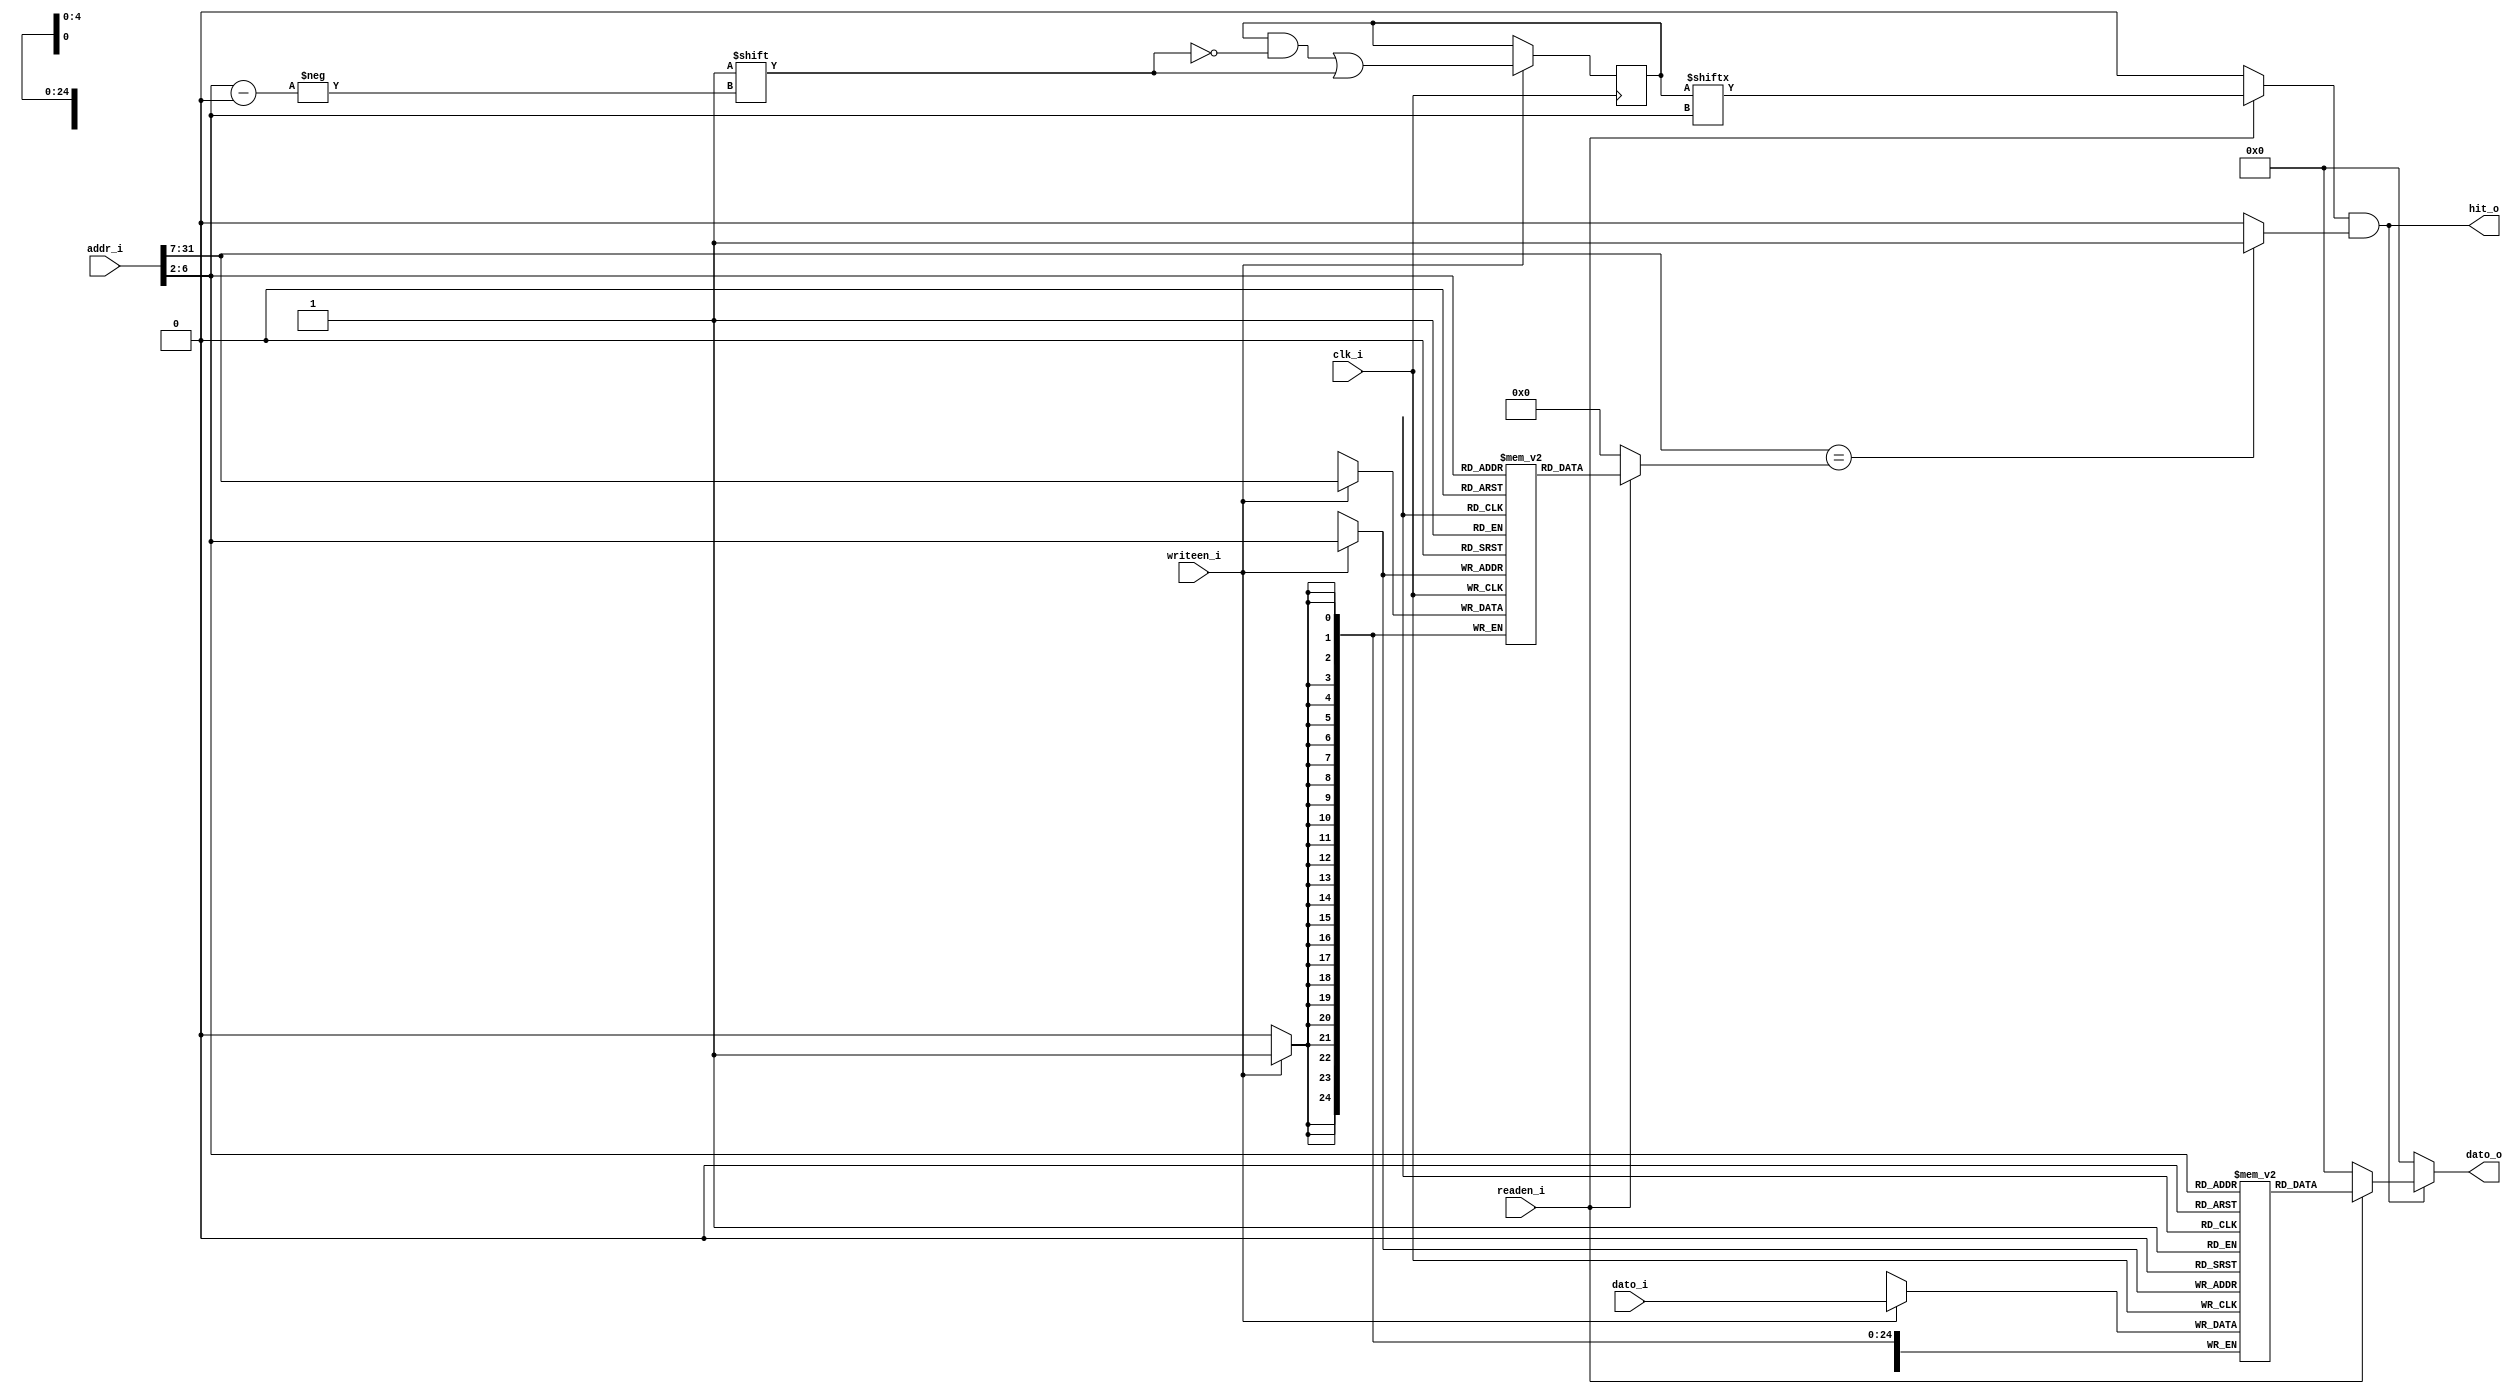
module memoria  #(
	//Constantes
	parameter	ADDR = 32,//Direccion de 32 bits
	parameter	BOFF = $clog2(4),//Tamao del byte offset (cuntos bytes hay en esa direccion)
	parameter	IDX = 5,//Indice
	parameter	TAG = ADDR - (BOFF + IDX),
	parameter 	DATO = 32
)

(
	//Las entradas siempre son wires, las salidas pueden ser wire o reg
	input					  clk_i,
	input 				  readen_i,
	input 	[ADDR-1:0] addr_i, //Bus de direcciones
	input 	[DATO-1:0] dato_i,
	input 				  writeen_i, 
	
	output 	[DATO-1:0] dato_o,
	output 				  hit_o
);
	//Seccion de declaracion de seales
	wire [IDX-1:0] index;
	wire [TAG-1:0] tag;
	reg  				validmem;
	reg  [TAG-1:0] tagmem;
	reg  [DATO-1:0]datamem;
	reg 				tagvalido;
	
	//Memoria de Bits validos
	reg 	[2**IDX-1:0] 	memoriavalid; //De 31 a 0
	//Memoria de tags
	reg 	[TAG-1:0] 		memoriatag [2**IDX-1:0];
	//Memoria de datos
	reg 	[DATO -1:0] 	memoriadata [2**IDX-1:0];
	
	assign index 	= addr_i[IDX+BOFF-1:BOFF]; //IDX+BOFF-1 = 5 + 2 - 1, [6:2]
	assign tag 		= addr_i[ADDR-1:IDX + BOFF]; //De [31:7]
	
	//Puerto de escritura
	always @(posedge clk_i)
	begin
		if (writeen_i)
			begin
				memoriavalid[index] = 1'b1;
				memoriatag  [index] = tag; //Tag
				memoriadata [index] = dato_i;//Dato de entrada 			
			end
	end
	
	//Puerto de lectura
	always @(*)
	begin
		if (readen_i)
			begin
				validmem = memoriavalid[index];
				tagmem = memoriatag[index];
				datamem = memoriadata[index];
			end
		else
			begin
				validmem = 1'b0;
				tagmem =  {TAG {1'b0}};
				datamem = {DATO {1'b0}};
			end
	end
	
	//Comparacion de Tag
	always @(*)
	begin
		if (tag == tagmem)
			tagvalido = 1'b1;
		else
			tagvalido = 1'b0;
	end
	
	assign hit_o = validmem & tagvalido;
	
	assign dato_o = (hit_o) ? datamem : {DATO {1'b0}};
	
endmodule